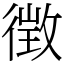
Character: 徴